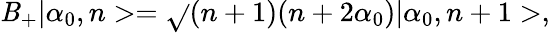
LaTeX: \mathit{B}_{+}|\alpha_{0},n>=\sqrt{}{{(n+1)(n+2\alpha_{0})}}|\alpha_{0},n+1>,